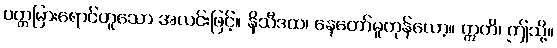
ပတ္တမြားရောင်ဟူသော အလင်းဖြင့်။ နိသီဒထ၊ နေတော်မူကုန်လော့။ ဣတိ၊ ဤသို့။